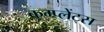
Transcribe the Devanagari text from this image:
कम्प्लेंट्स